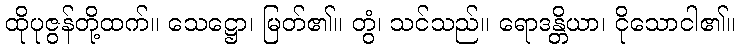
ထိုပုဇွန်တို့ထက်။ သေဋ္ဌော၊ မြတ်၏။ တွံ၊ သင်သည်။ ရောဒန္တိယာ၊ ငိုသောငါ၏။